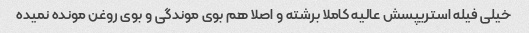
خیلی فیله استریپسش عالیه کاملا برشته و اصلا هم بوی موندگی و بوی روغن مونده نمیده